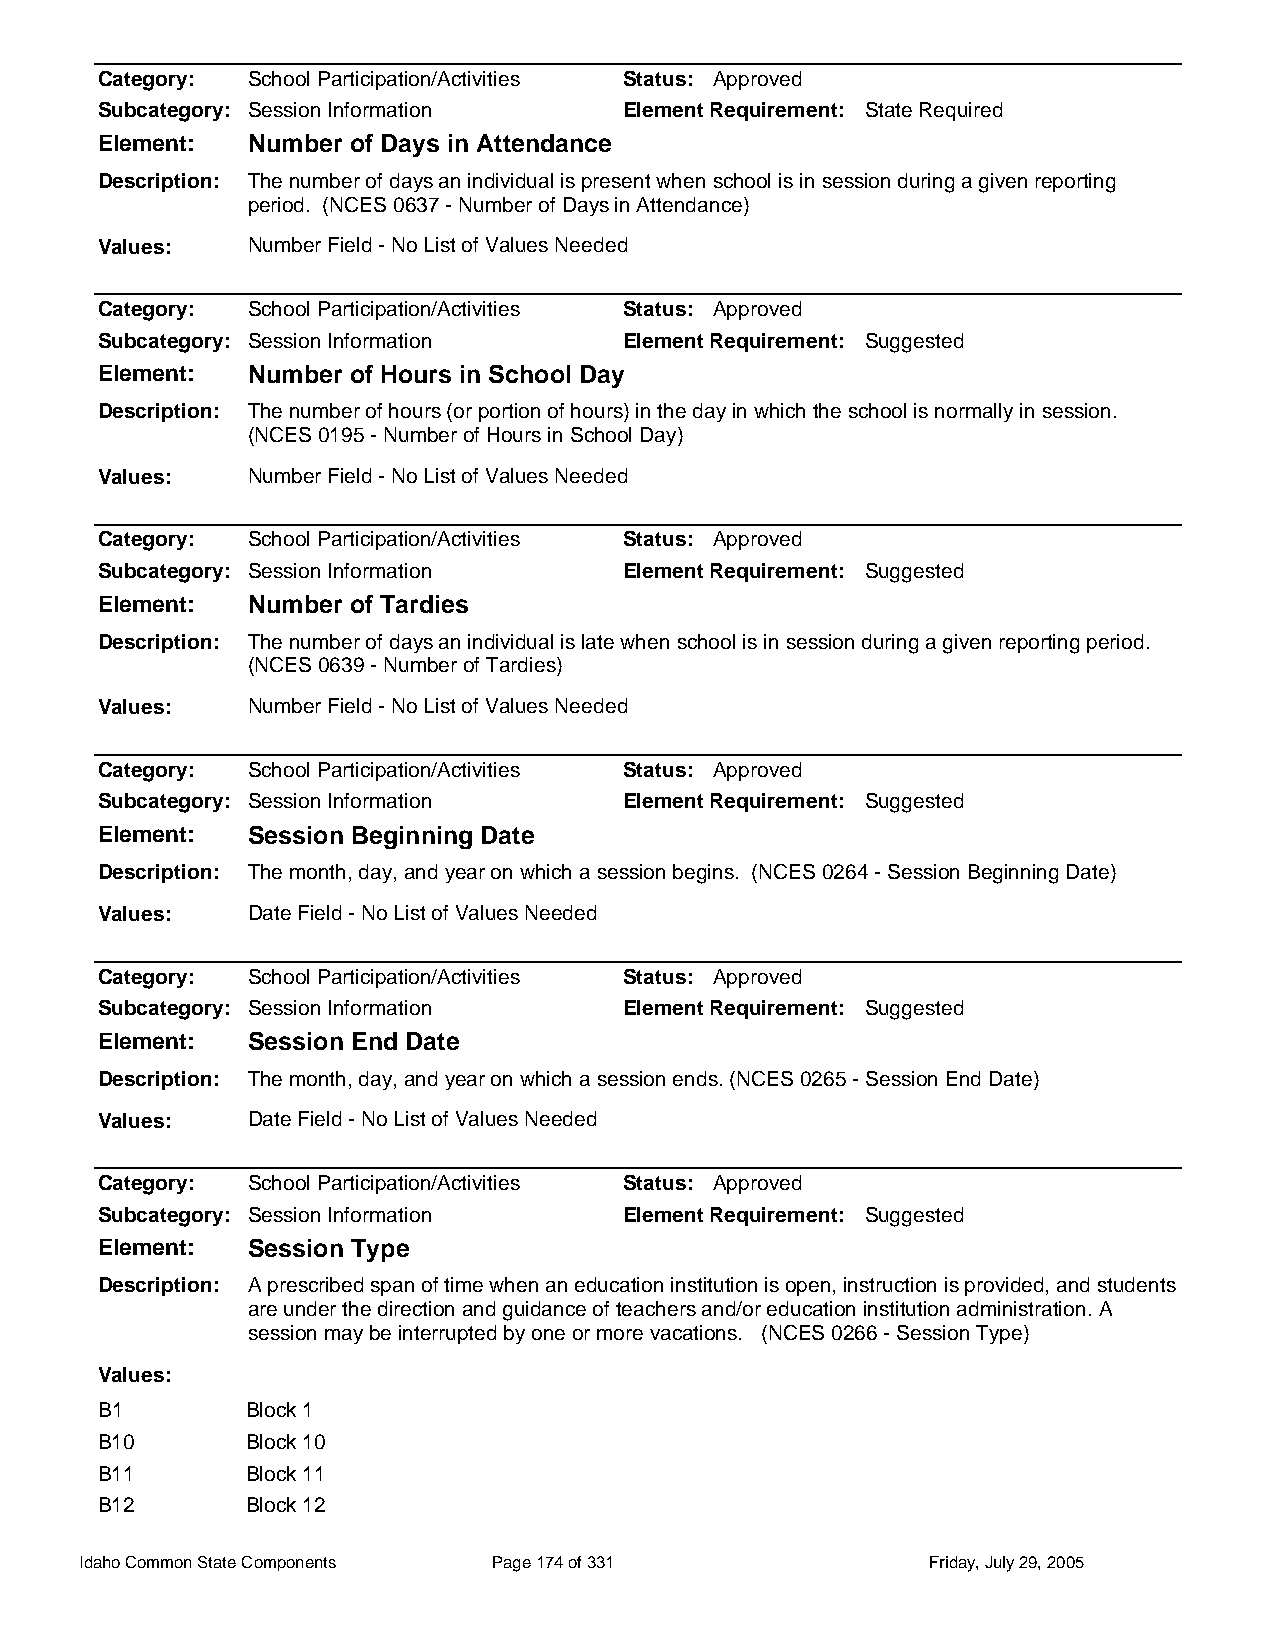
Category: School Participation/Activities Status: Approved
 Subcategory: Session Information   Element Requirement: State Required
 Element:  Number of Days in Attendance
 Description: The number of days an individual is present when school is in session during a given reporting
 period. (NCES 0637 - Number of Days in Attendance)
 Values:   Number Field - No List of Values Needed
 Category: School Participation/Activities Status: Approved
 Subcategory: Session Information   Element Requirement: Suggested
 Element:  Number of Hours in School Day
 Description: The number of hours (or portion of hours) in the day in which the school is normally in session.
 (NCES 0195 - Number of Hours in School Day)
 Values:   Number Field - No List of Values Needed
 Category: School Participation/Activities Status: Approved
 Subcategory: Session Information   Element Requirement: Suggested
 Element:  Number of Tardies
 Description: The number of days an individual is late when school is in session during a given reporting period.
 (NCES 0639 - Number of Tardies)
 Values:   Number Field - No List of Values Needed
 Category: School Participation/Activities Status: Approved
 Subcategory: Session Information   Element Requirement: Suggested
 Element:  Session Beginning Date
 Description: The month, day, and year on which a session begins. (NCES 0264 - Session Beginning Date)
 Values:   Date Field - No List of Values Needed
 Category: School Participation/Activities Status: Approved
 Subcategory: Session Information   Element Requirement: Suggested
 Element:  Session End Date
 Description: The month, day, and year on which a session ends. (NCES 0265 - Session End Date)
 Values:   Date Field - No List of Values Needed
 Category: School Participation/Activities Status: Approved
 Subcategory: Session Information   Element Requirement: Suggested
 Element:  Session Type
 Description: A prescribed span of time when an education institution is open, instruction is provided, and students
 are under the direction and guidance of teachers and/or education institution administration. A
 session may be interrupted by one or more vacations. (NCES 0266 - Session Type)
 Values:
 B1        Block 1
 B10       Block 10
 B11       Block 11
 B12       Block 12
 Idaho Common State Components Page 174 of 331           Friday, July 29, 2005